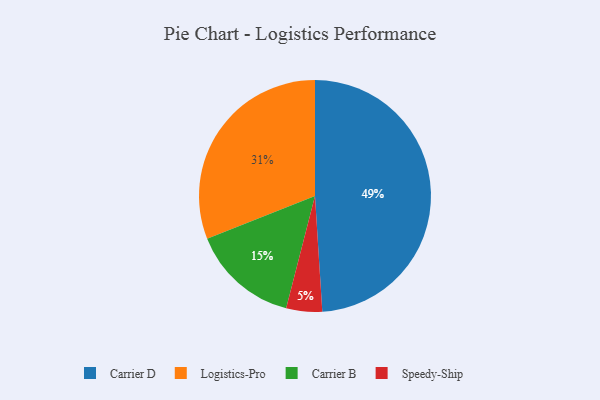
{"axis": {"x": "Category", "y": "Percentage"}, "legend": ["Carrier B", "Carrier D", "Logistics-Pro", "Speedy-Ship"], "data": [{"x": "Speedy-Ship", "y": 5, "type": "Speedy-Ship"}, {"x": "Logistics-Pro", "y": 31, "type": "Logistics-Pro"}, {"x": "Carrier B", "y": 15, "type": "Carrier B"}, {"x": "Carrier D", "y": 49, "type": "Carrier D"}]}